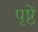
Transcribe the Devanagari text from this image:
पृष्ठें